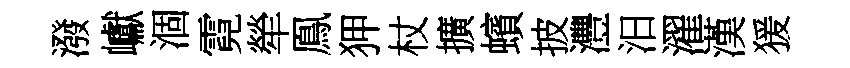
潑巘涸霓犖鳯狎杖擴蠙披灃汨濯漢猨